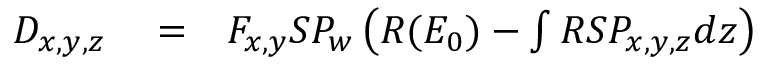
\begin{array} { r l r } { D _ { x , y , z } } & { { } = } & { F _ { x , y } S P _ { w } \left( R ( E _ { 0 } ) - \int R S P _ { x , y , z } d z \right) } \end{array}